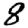
Digit: 8